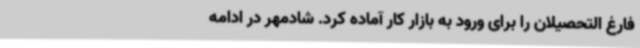
فارغ التحصیلان را برای ورود به بازار کار آماده کرد. شادمهر در ادامه